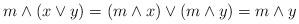
LaTeX: \begin{align*}m \wedge (x \vee y)=(m \wedge x) \vee (m \wedge y)=m \wedge y\end{align*}